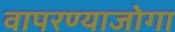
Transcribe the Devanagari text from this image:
वापरण्याजोगा